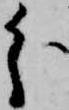
分